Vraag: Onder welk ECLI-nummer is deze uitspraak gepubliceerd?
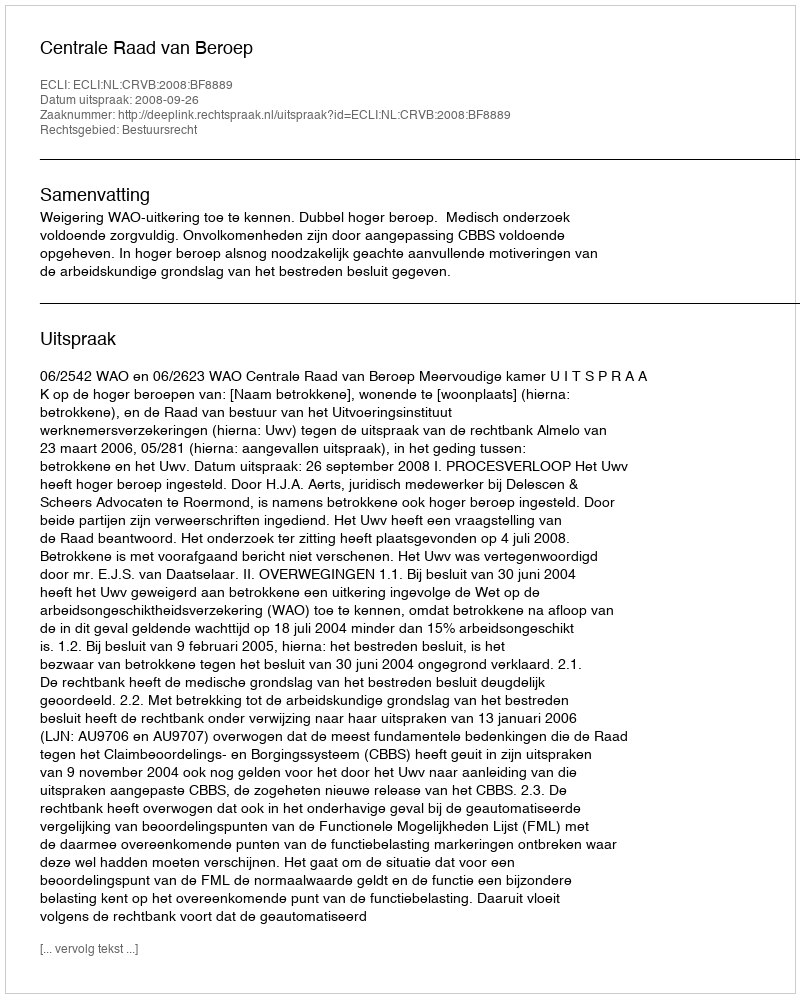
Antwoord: ECLI:NL:CRVB:2008:BF8889